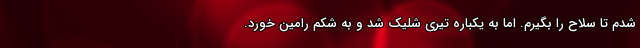
شدم تا سلاح را بگیرم. اما به یکباره تیری شلیک شد و به شکم رامین خورد.